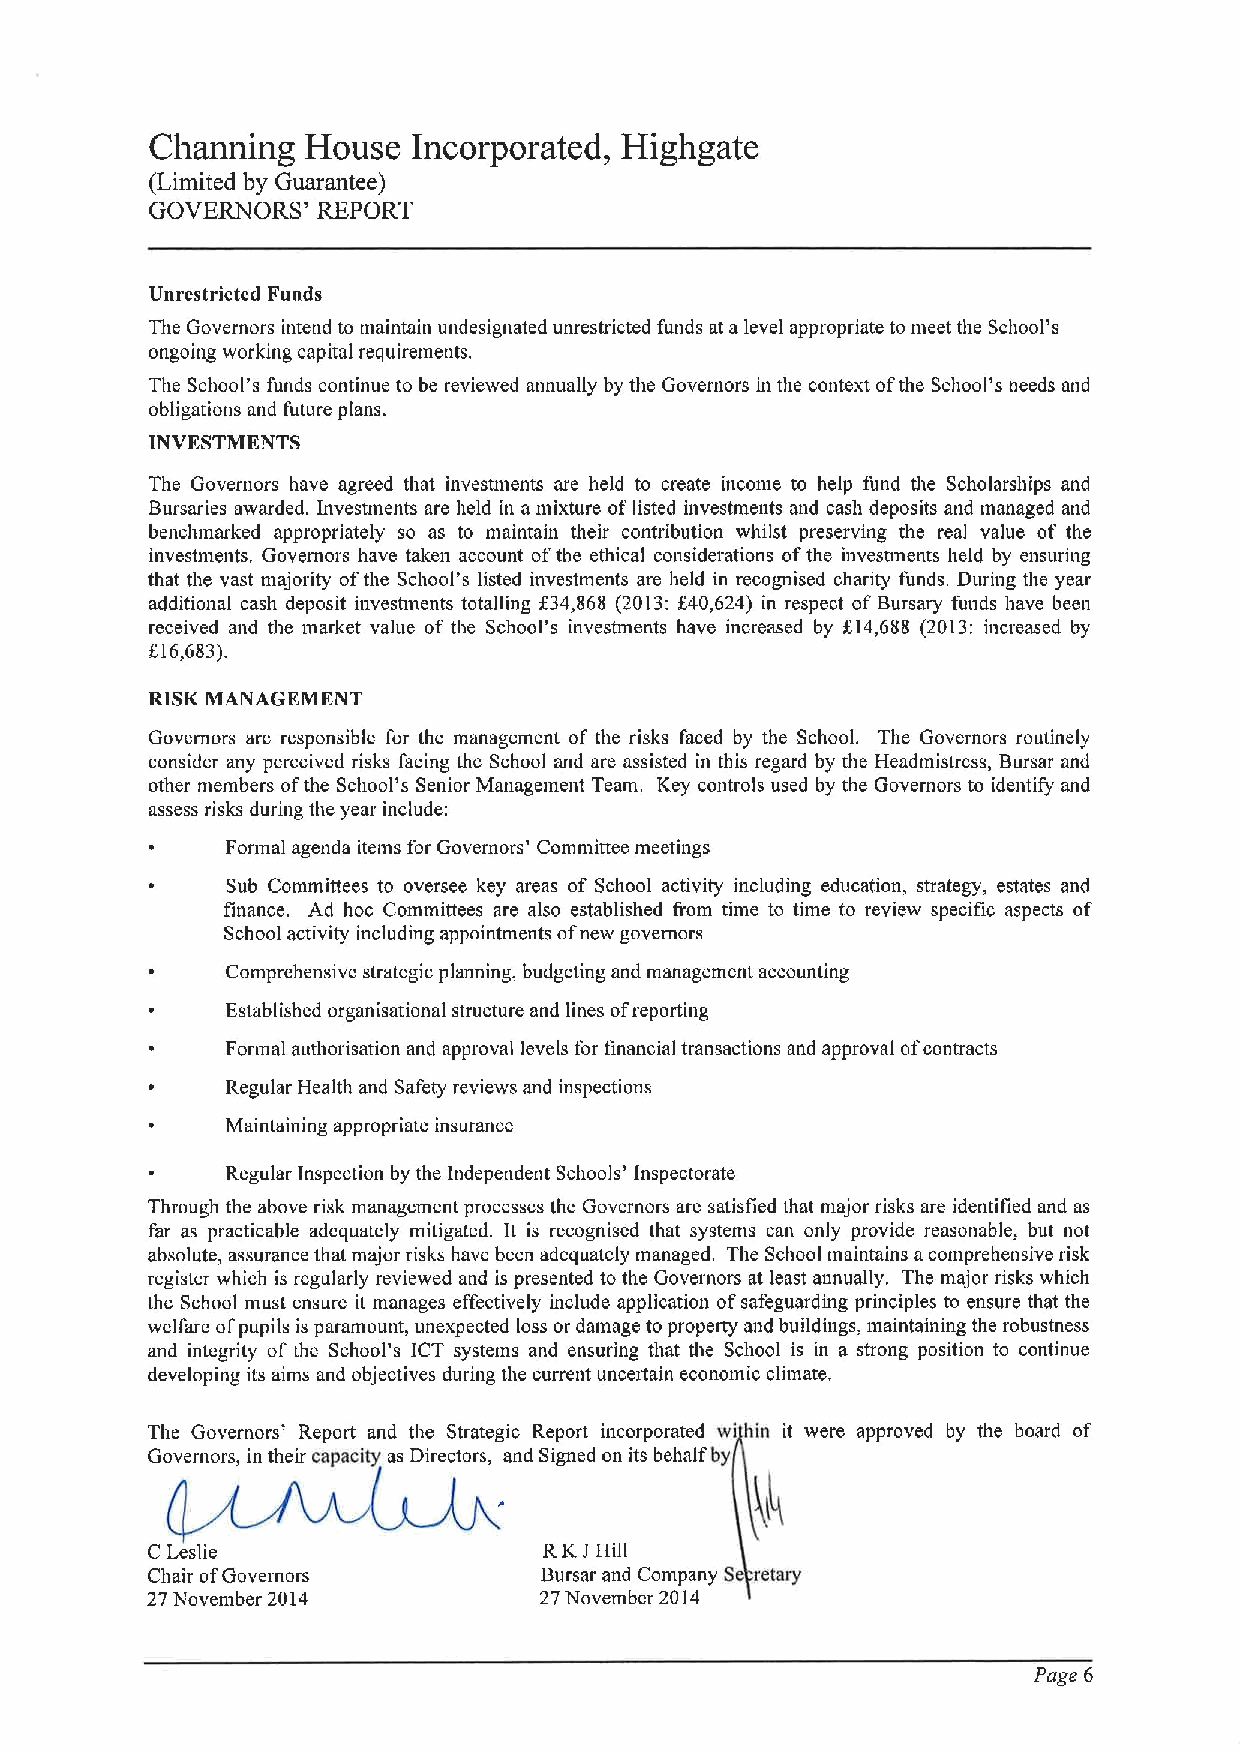
Charming  House  Incorporated, Highgate
 (Limited by Guarantee)
 GOVERNORS' REPORT
 Unrestricted Funds
 The Governors intend to maintain undesignated unrestricted funds at alevel appropriate to meet the School's
 ongoing working capital requirements.
 The School's funds continue to be reviewed annually by the Governors in the context ofthe School's needs and
 obligations and future plans.
 INVKSTMKNTS
 The Governors have agreed that investments are held to create income to help fund the Scholarships and
 Bursaries awarded. Investments are held in amixture of listed investments and cash deposits and managed and
 benchmarked appropriately so as to maintain their contribution whilst preserving the real value of the
 investments. Governors have taken account ofthe ethical considerations ofthe investments held by ensuring
 that the vast majority ofthe School's listed investments are held in recognised chanty funds. During the year
 additional cash deposit investments totalling 834,868 (2013:f40,624) in respect of Bursary funds have been
 received and the market value of the School's investments have increased by 814,688 (2013: increased by
 616,683).
 RISK MANAGEMENT
 Governors are responsible for the management of the risks faced by the School. The Governors routinely
 consider any perceived risks facing the School and are assisted in this regard by the Headmistress, Bursar and
 other members ofthe School's Senior Management Team. Key controls used by the Governors to identify and
 assess risks during the year include:
 Formal agenda items for Governors' Committee meetings
 Sub Committees to oversee key areas of School activity including education, strategy, estates and
 finance. Ad hoc Committees are also established from time to time to review specific aspects of
 School activity including appointments ofnew governors
 Comprehensive strategic planning, budgeting and management accounting
 Established organisational structure and lines ofreporting
 Formal authorisation and approval levels for financial transactions and approval ofcontracts
 Regular Health and Safety reviews and inspections
 Maintaining appropriate insurance
 Regular Inspection by the Independent Schools' Inspectorate
 Through the above risk management processes the Governors are satisfied that major risks are identified and as
 far as practicable adequately mitigated. It is recognised that systems can only provide reasonable, but not
 absolute, assurance that major risks have been adequately managed. The School maintains acomprehensive risk
 register which is regularly reviewed and is presented to the Governors at least annually. The major risks which
 the School must ensure it manages effectively include application ofsafeguarding principles to ensure that the
 welfare ofpupils is paramount, unexpected loss or damage to property and buildings, maintaining the robustness
 and integrity of the School's ICT systems and ensuring that the School is in a strong position to continue
 developing its aims and objectives during the current uncertain economic climate.
 The Governors' Report and the Strategic Report incorporated wi hin it were approved by the board of
 Governors, in their capacity as Directors, and Signed on its behalf by
 C Leslie                  RKJHill
 Chair ofGovernors         Bursar and Company S retary
 27November 2014           27November 2014
 Page 6